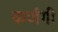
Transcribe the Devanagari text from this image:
कर्णगी